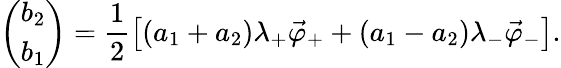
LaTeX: \left(\begin{array}{l}{b_{2}}\\ {b_{1}}\end{array}\right)=\frac{1}{2}\left[\left(a_{1}+a_{2}\right)\lambda_{+}\vec{\varphi}_{+}+\left(a_{1}-a_{2}\right)\lambda_{-}\vec{\varphi}_{-}\right].